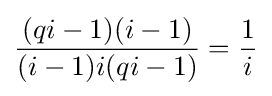
{\frac {(qi-1)(i-1)}{(i-1)i(qi-1)}}={\frac {1}{i}}